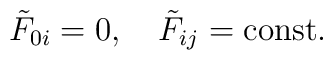
\tilde{F}_{0i}=0,\quad \tilde{F}_{ij}=\rm{const.}